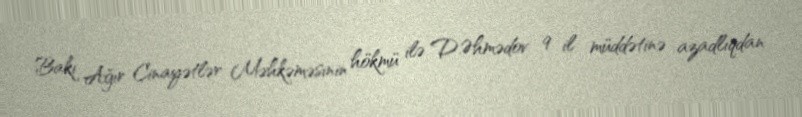
Bakı Ağır Cinayətlər Məhkəməsinin hökmü ilə D.Əhmədov 9 il müddətinə azadlıqdan